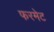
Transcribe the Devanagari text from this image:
फरमेट